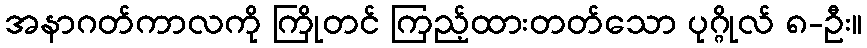
အနာဂတ်ကာလကို ကြိုတင် ကြည့်ထားတတ်သော ပုဂ္ဂိုလ် ၈-ဦး။